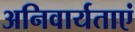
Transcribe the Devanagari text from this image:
अनिवार्यताएं